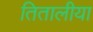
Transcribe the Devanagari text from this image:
तितालीया